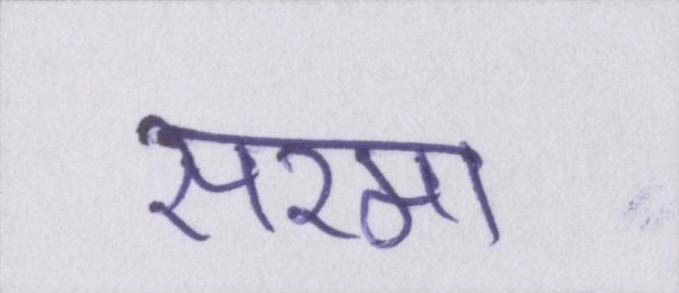
सरमा